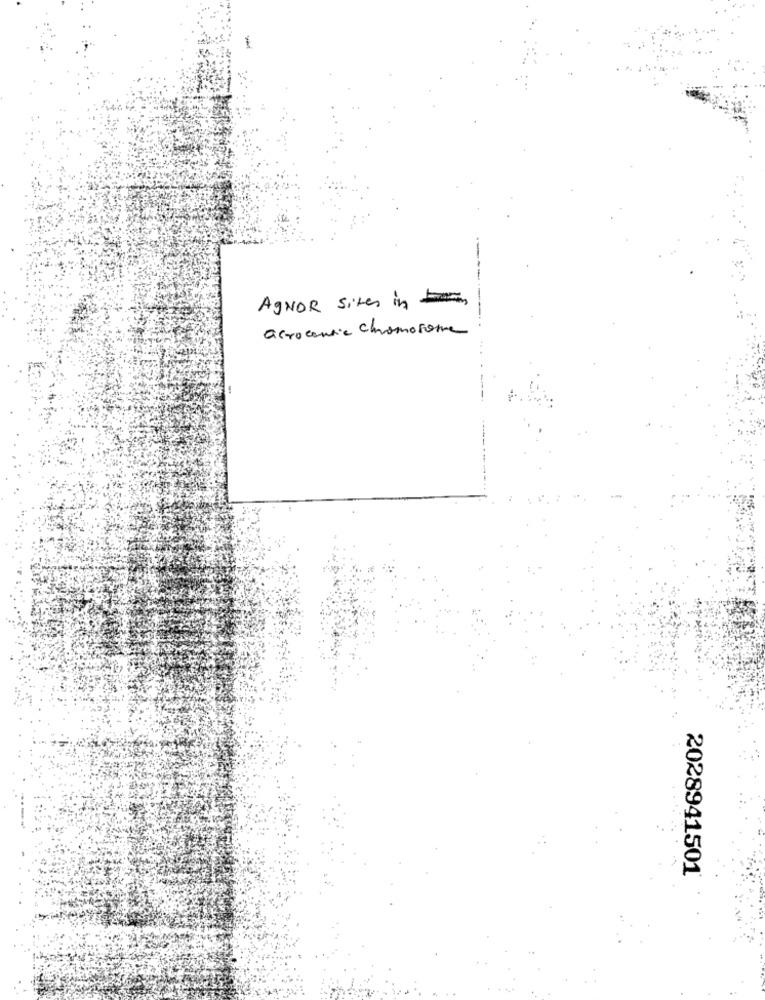
AgNOR sites in
acrocentie chromosome
2028941501